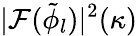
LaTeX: |\mathcal{F}(\tilde{\phi}_{l})|^{2}(\kappa)